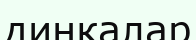
динкалар